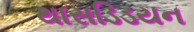
થાસડિડયન